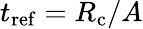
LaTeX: t_{\mathrm{ref}}=R_{\mathrm{c}}/A